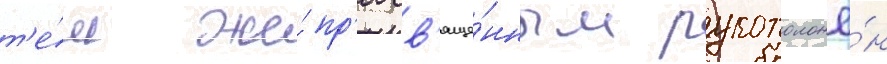
т'е́м же́ пр'еосв'яще́нным рукоположё́н